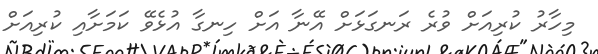
މިހާރު ކުރިއަށް ވުރެ ރަނގަޅަށް އޭނާ އަށް ހިނގާ އުޅެވޭ ކަމަށާއި ކުރިއަށް